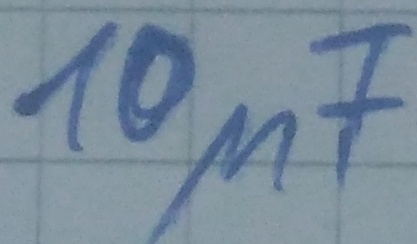
Text: 10µF